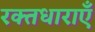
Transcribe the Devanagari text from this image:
रक्तधाराऍं